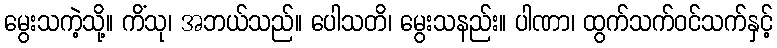
မွေးသကဲ့သို့။ ကိံသု၊ အဘယ်သည်။ ပေါသတိ၊ မွေးသနည်း။ ပါဏာ၊ ထွက်သက်ဝင်သက်နှင့်